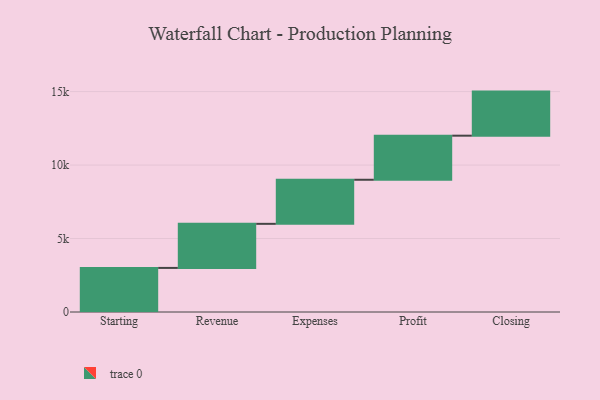
{"axis": {"x": "Step", "y": "Value"}, "legend": [""], "data": [{"x": "Starting", "y": 3000, "type": ""}, {"x": "Revenue", "y": 3000, "type": ""}, {"x": "Expenses", "y": 3000, "type": ""}, {"x": "Profit", "y": 3000, "type": ""}, {"x": "Closing", "y": 3000, "type": ""}]}